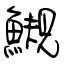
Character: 䲅